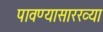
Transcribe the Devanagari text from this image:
पावण्यासारख्या